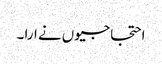
احتجاجیوں نے ارا ۔